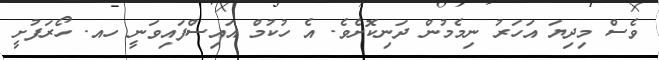
ވެސް މިދިޔަ އަހަރު ނިމެމުން ދަނިކޮށެވެ. އެ ހުކުމް އައިސްފައިވަނީ ހއ. ހޯރަފުށީ